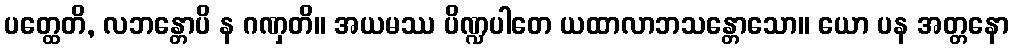
ပတ္ထေတိ, လဘန္တောပိ န ဂဏှတိ။ အယမဿ ပိဏ္ဍပါတေ ယထာလာဘသန္တောသော။ ယော ပန အတ္တနော